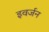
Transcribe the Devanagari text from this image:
इवर्जन